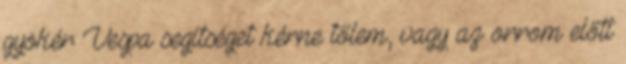
gyökér Vespa segítséget kérne tőlem, vagy az orrom előtt